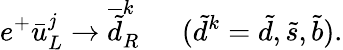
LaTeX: e^{+}\bar{u}_{L}^{j}\rightarrow\overline{{{\tilde{d}}}}_{R}^{k}~~~~~~(\tilde{d}^{k}=\tilde{d},\tilde{s},\tilde{b}).